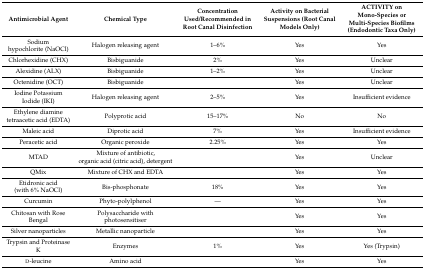
<table><thead><tr><td><b>Antimicrobial Agent</b></td><td><b>Chemical Type</b></td><td><b>Concentration Used/Recommended in Root Canal Disinfection</b></td><td><b>Activity on Bacterial Suspensions (Root Canal Models Only)</b></td><td><b>ACTIVITY on Mono-Species or Multi-Species Biofilms (Endodontic Taxa Only)</b></td></tr></thead><tbody><tr><td>Sodium hypochlorite (NaOCl)</td><td>Halogen releasing agent</td><td>1–6%</td><td>Yes</td><td>Yes</td></tr><tr><td>Chlorhexidine (CHX)</td><td>Bisbiguanide</td><td>2%</td><td>Yes</td><td>Unclear</td></tr><tr><td>Alexidine (ALX)</td><td>Bisbiguanide</td><td>1–2%</td><td>Yes</td><td>Unclear</td></tr><tr><td>Octenidine (OCT)</td><td>Bisbiguanide</td><td></td><td>Yes</td><td>Unclear</td></tr><tr><td>Iodine Potassium Iodide (IKI)</td><td>Halogen releasing agent</td><td>2–5%</td><td>Yes</td><td>Insufficient evidence</td></tr><tr><td>Ethylene diamine tetraacetic acid (EDTA)</td><td>Polyprotic acid</td><td>15–17%</td><td>No</td><td>No</td></tr><tr><td>Maleic acid</td><td>Diprotic acid</td><td>7%</td><td>Yes</td><td>Insufficient evidence</td></tr><tr><td>Peracetic acid</td><td>Organic peroxide</td><td>2.25%</td><td>Yes</td><td>Yes</td></tr><tr><td>MTAD</td><td>Mixture of antibiotic, organic acid (citric acid), detergent</td><td></td><td>Yes</td><td>Unclear</td></tr><tr><td>QMix</td><td>Mixture of CHX and EDTA</td><td></td><td>Yes</td><td>Yes</td></tr><tr><td>Etidronic acid (with 6% NaOCl)</td><td>Bis-phosphonate</td><td>18%</td><td>Yes</td><td>Yes</td></tr><tr><td>Curcumin</td><td>Phyto-polylphenol</td><td>—</td><td>Yes</td><td>Yes</td></tr><tr><td>Chitosan with Rose Bengal</td><td>Polysaccharide with photosensitiser</td><td></td><td>Yes</td><td>Yes</td></tr><tr><td>Silver nanoparticles</td><td>Metallic nanoparticle</td><td></td><td>Yes</td><td>Yes</td></tr><tr><td>Trypsin and Proteinase K</td><td>Enzymes</td><td>1%</td><td>Yes</td><td>Yes (Trypsin)</td></tr><tr><td>d-leucine</td><td>Amino acid</td><td></td><td>Yes</td><td>Yes</td></tr></tbody></table>